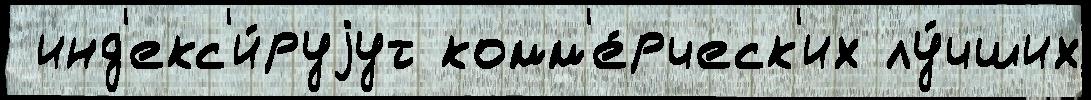
 инд'екс'и́руjут комм'е́рческ'их лу́чших